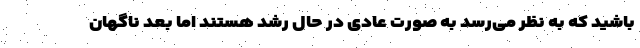
باشید که به نظر می‌رسد به صورت عادی در حال رشد هستند اما بعد ناگهان